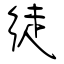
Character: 徒